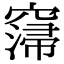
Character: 𥧲